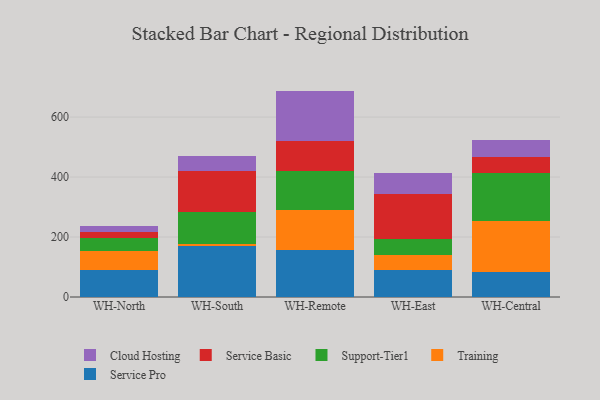
{"axis": {"x": "Warehouse", "y": "Backlog"}, "legend": ["Cloud Hosting", "Service Basic", "Service Pro", "Support-Tier1", "Training"], "data": [{"x": "WH-North", "y": 89.5, "type": "Service Pro"}, {"x": "WH-North", "y": 62.7, "type": "Training"}, {"x": "WH-North", "y": 45.2, "type": "Support-Tier1"}, {"x": "WH-North", "y": 18.3, "type": "Service Basic"}, {"x": "WH-North", "y": 21.2, "type": "Cloud Hosting"}, {"x": "WH-South", "y": 169.6, "type": "Service Pro"}, {"x": "WH-South", "y": 8.6, "type": "Training"}, {"x": "WH-South", "y": 105.4, "type": "Support-Tier1"}, {"x": "WH-South", "y": 137.6, "type": "Service Basic"}, {"x": "WH-South", "y": 50.5, "type": "Cloud Hosting"}, {"x": "WH-Remote", "y": 156.3, "type": "Service Pro"}, {"x": "WH-Remote", "y": 133.0, "type": "Training"}, {"x": "WH-Remote", "y": 129.7, "type": "Support-Tier1"}, {"x": "WH-Remote", "y": 102.3, "type": "Service Basic"}, {"x": "WH-Remote", "y": 166.2, "type": "Cloud Hosting"}, {"x": "WH-East", "y": 90.5, "type": "Service Pro"}, {"x": "WH-East", "y": 51.2, "type": "Training"}, {"x": "WH-East", "y": 50.9, "type": "Support-Tier1"}, {"x": "WH-East", "y": 151.9, "type": "Service Basic"}, {"x": "WH-East", "y": 69.5, "type": "Cloud Hosting"}, {"x": "WH-Central", "y": 84.5, "type": "Service Pro"}, {"x": "WH-Central", "y": 168.6, "type": "Training"}, {"x": "WH-Central", "y": 161.3, "type": "Support-Tier1"}, {"x": "WH-Central", "y": 54.0, "type": "Service Basic"}, {"x": "WH-Central", "y": 53.9, "type": "Cloud Hosting"}]}